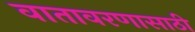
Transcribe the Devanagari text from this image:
वातावरणासाठी